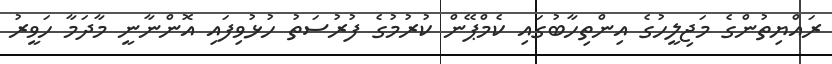
ރައްޔިތުންގެ މަޖިލީހުގެ އިންތިހާބުގައި ކެމްޕޭން ކުރުމުގެ ފުރުސަތު ހުޅުވިފައި އޮންނާނީ މާދަމާ ހަވީރު